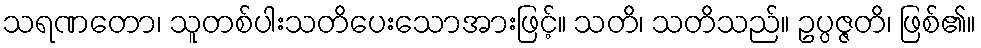
သရဏတော၊ သူတစ်ပါးသတိပေးသောအားဖြင့်။ သတိ၊ သတိသည်။ ဥပ္ပဇ္ဇတိ၊ ဖြစ်၏။